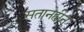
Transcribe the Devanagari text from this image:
सतानहीन